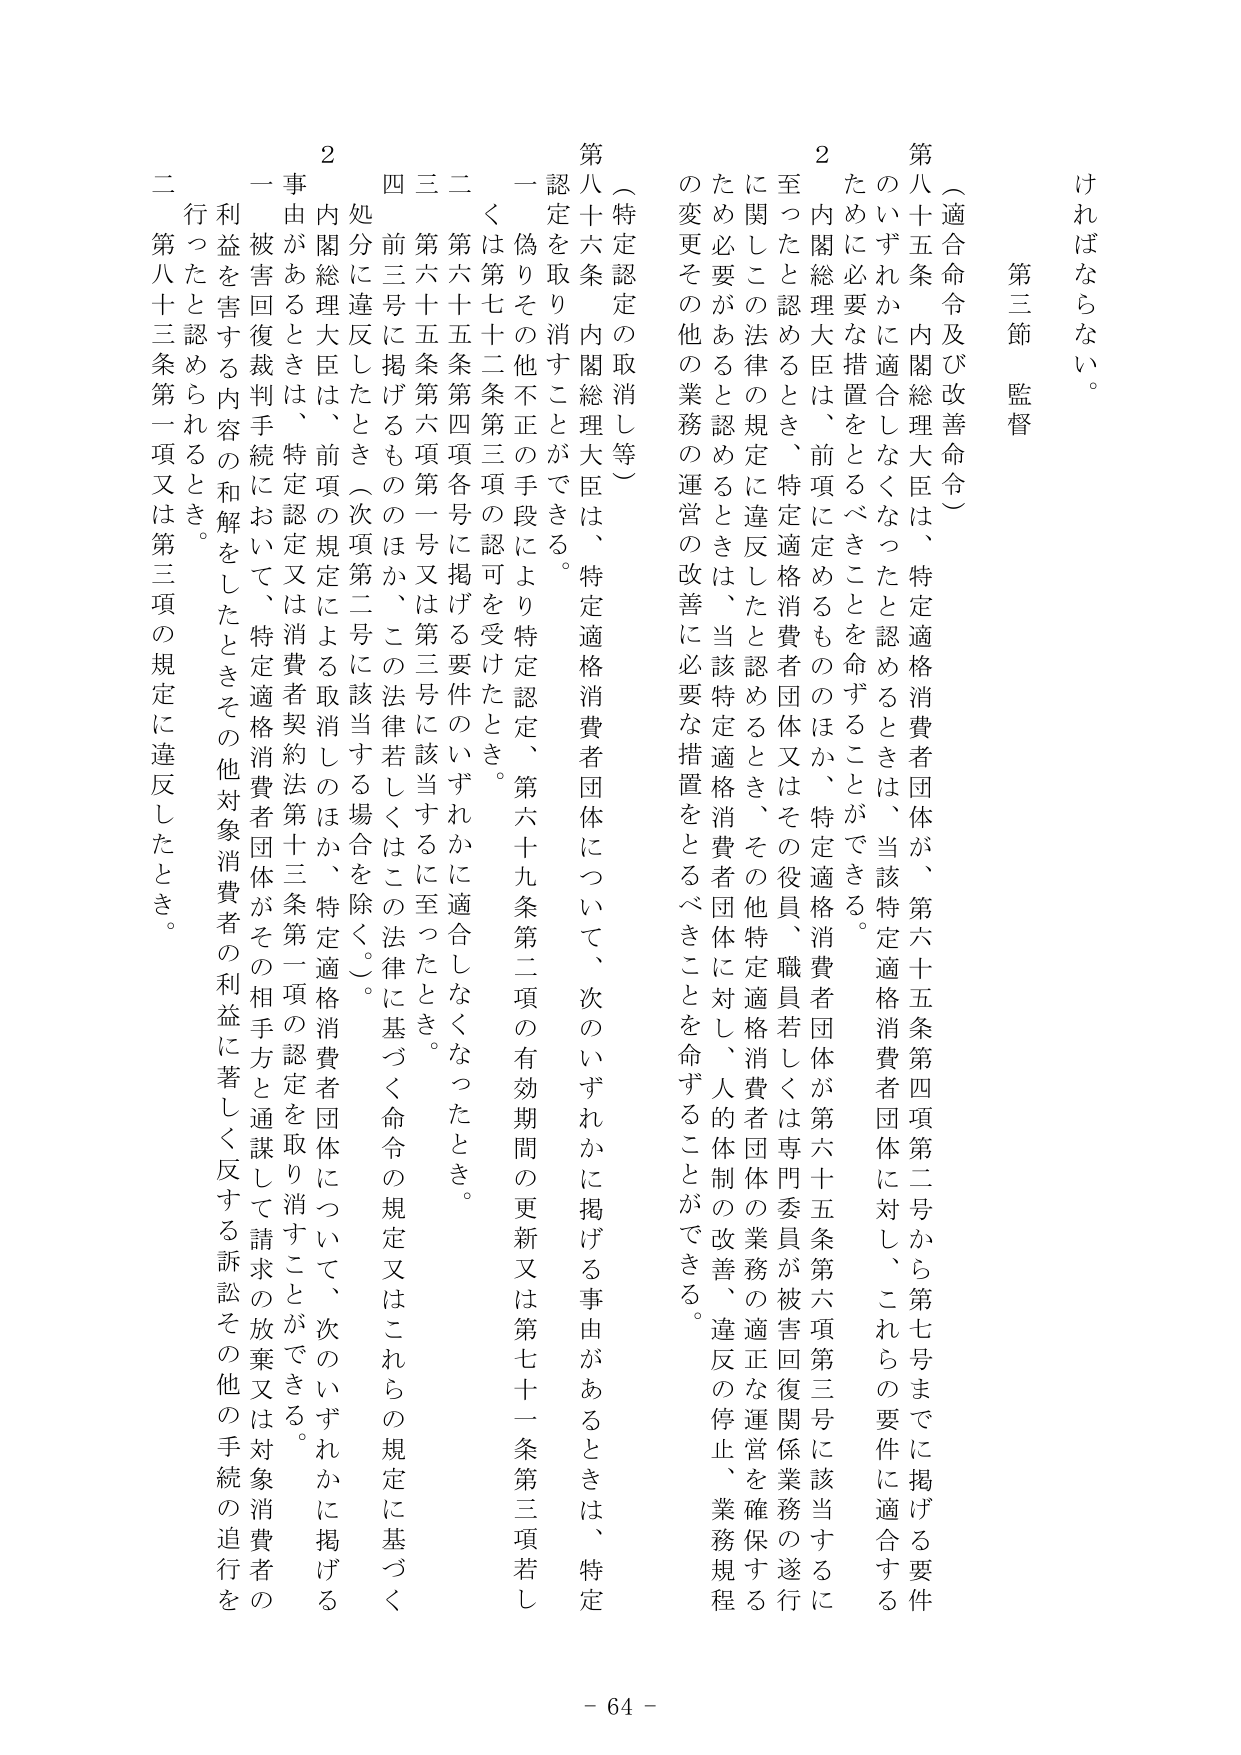
ければならない。

第三節 監督

（適合命令及び改善命令）

第八十五条 内閣総理大臣は、特定適格消費者団体が、第六十五条第四項第二号から第七号までに掲げる要件のいずれかに適合しなくなったと認めるときは、当該特定適格消費者団体に対し、これらの要件に適合するために必要な措置をとるべきことを命ずることができる。

２ 内閣総理大臣は、前項に定めるもののほか、特定適格消費者団体が第六十五条第六項第三号に該当するに至ったと認めるとき、特定適格消費者団体又はその役員、職員若しくは専門委員が被害回復関係業務の遂行に関してこの法律の規定に違反したと認めるとき、その他特定適格消費者団体に対し、人的体制の改善、違反の停止、業務規程の変更その他の業務の運営の改善に必要な措置をとるべきことを命ずることができる。

（特定認定の取消し等）

第八十六条 内閣総理大臣は、特定適格消費者団体について、次のいずれかに掲げる事由があるときは、特定認定を取り消すことができる。

一 偽りその他不正の手段により特定認定、第六十九条第二項の有効期間の更新又は第七十一条第三項若しくは第七十二条第三項の認可を受けたとき。

二 第六十五条第四項各号に掲げる要件のいずれかに適合しなくなったとき。

三 第六十五条第六項第一号又は第三号に該当するに至ったとき。

四 前三号に掲げるもののほか、この法律若しくはこの法律に基づく命令の規定又はこれらの規定に基づく処分に違反したとき（次項第二号に該当する場合を除く。）。

２ 内閣総理大臣は、前項の規定による取消しのほか、特定適格消費者団体について、次のいずれかに掲げる事由があるときは、特定認定又は消費者契約法第十三条第一項の認定を取り消すことができる。

一 被害回復裁判手続において、特定適格消費者団体がその相手方と通謀して請求の放棄又は対象消費者の利益を害する内容の和解をしたときその他対象消費者の利益に著しく反する訴訟その他の手続の追行を行ったと認められるとき。

二 第八十三条第一項又は第三項の規定に違反したとき。

- 64 -